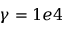
\gamma = 1 e 4